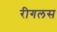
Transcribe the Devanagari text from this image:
रीगलस